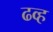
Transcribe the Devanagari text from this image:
ढव्ह